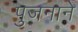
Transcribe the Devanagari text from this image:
पुजनाने